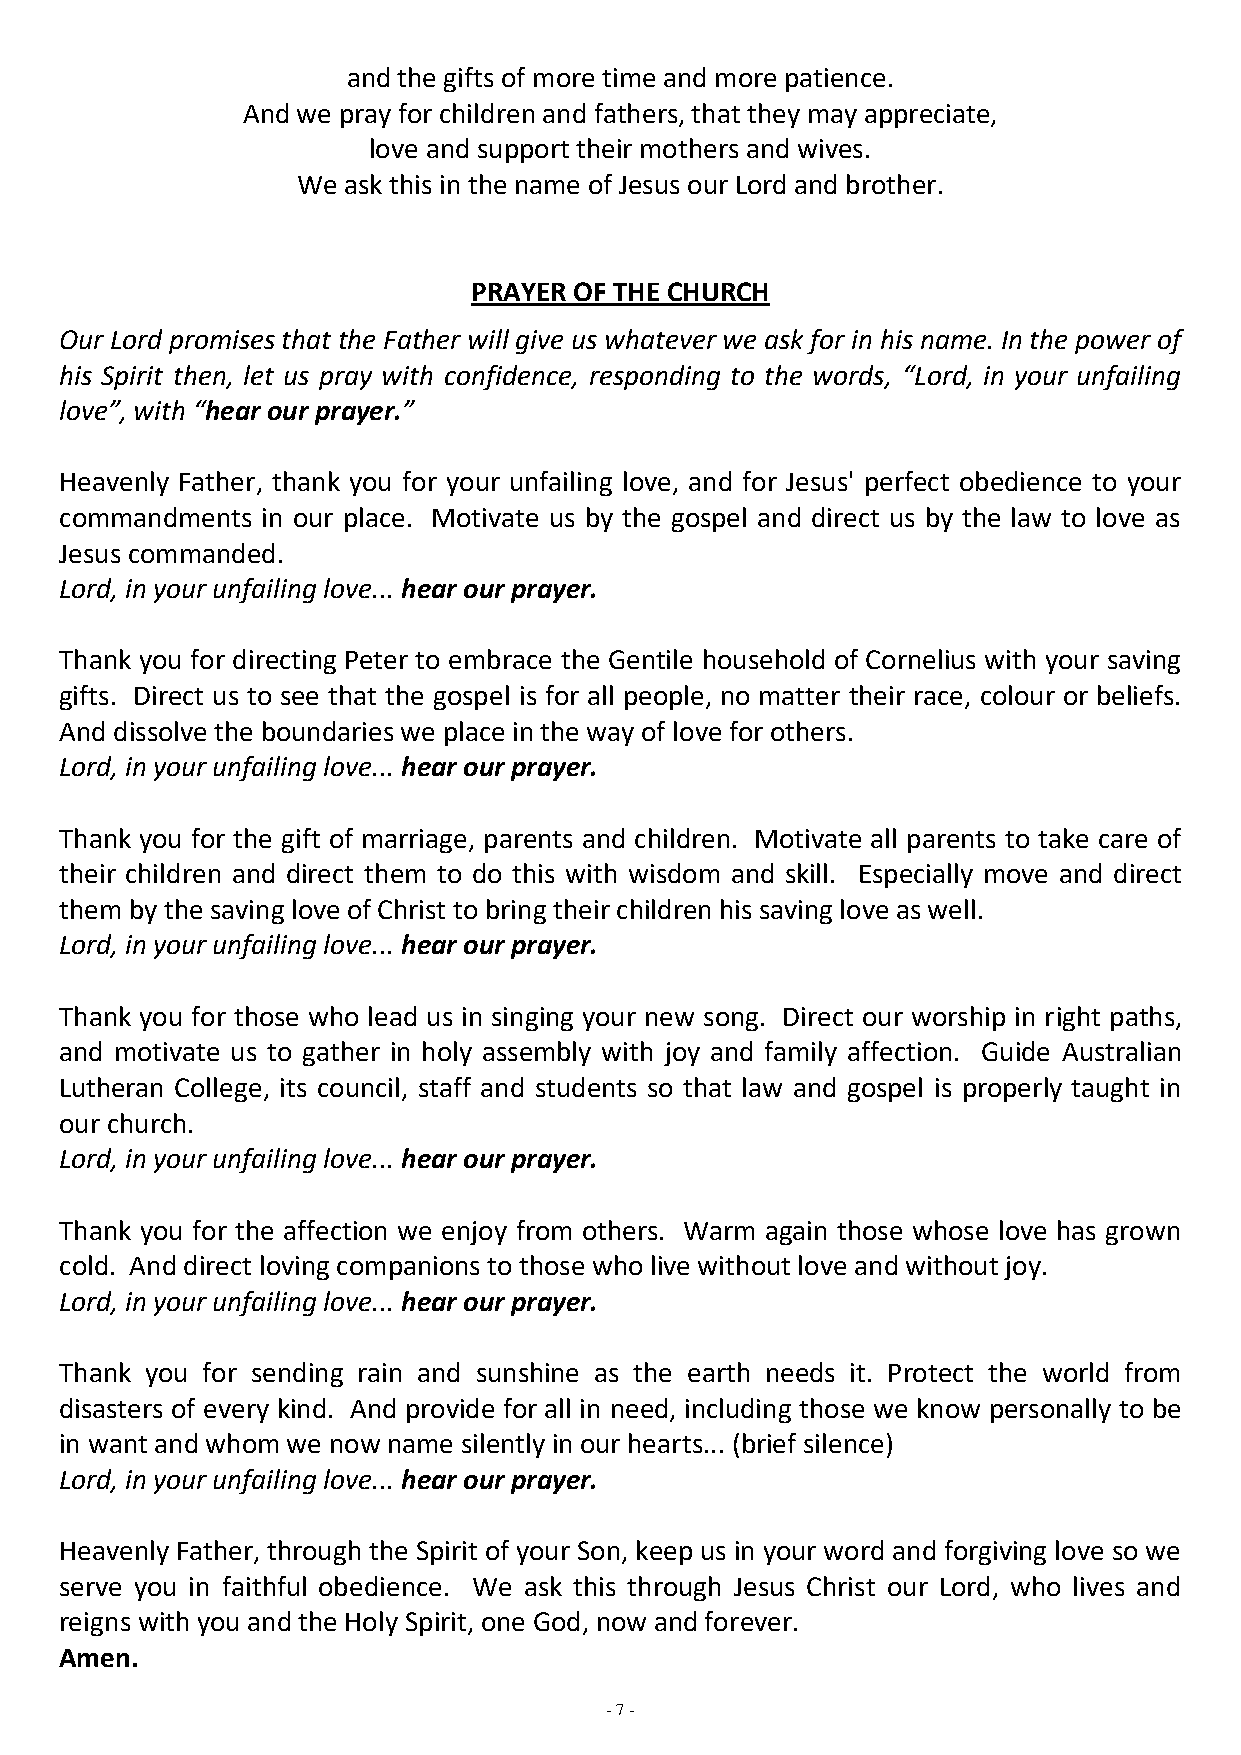
and the gifts of more time and more patience.
 And we pray for children and fathers, that they may appreciate,
 love and support their mothers and wives.
 We ask this in the name of Jesus our Lord and brother.
 PRAYER OF THE CHURCH
 Our Lord promises that the Father will give us whatever we ask for in his name. In the power of
 his Spirit then, let us pray with confidence, responding to the words, “Lord, in your unfailing
 love”, with “hear our prayer.”
 Heavenly Father, thank you for your unfailing love, and for Jesus' perfect obedience to your
 commandments in our place. Motivate us by the gospel and direct us by the law to love as
 Jesus commanded.
 Lord, in your unfailing love... hear our prayer.
 Thank you for directing Peter to embrace the Gentile household of Cornelius with your saving
 gifts. Direct us to see that the gospel is for all people, no matter their race, colour or beliefs.
 And dissolve the boundaries we place in the way of love for others.
 Lord, in your unfailing love... hear our prayer.
 Thank you for the gift of marriage, parents and children. Motivate all parents to take care of
 their children and direct them to do this with wisdom and skill. Especially move and direct
 them by the saving love of Christ to bring their children his saving love as well.
 Lord, in your unfailing love... hear our prayer.
 Thank you for those who lead us in singing your new song. Direct our worship in right paths,
 and motivate us to gather in holy assembly with joy and family affection. Guide Australian
 Lutheran College, its council, staff and students so that law and gospel is properly taught in
 our church.
 Lord, in your unfailing love... hear our prayer.
 Thank you for the affection we enjoy from others. Warm again those whose love has grown
 cold. And direct loving companions to those who live without love and without joy.
 Lord, in your unfailing love... hear our prayer.
 Thank you for sending rain and sunshine as the earth needs it. Protect the world from
 disasters of every kind. And provide for all in need, including those we know personally to be
 in want and whom we now name silently in our hearts... (brief silence)
 Lord, in your unfailing love... hear our prayer.
 Heavenly Father, through the Spirit of your Son, keep us in your word and forgiving love so we
 serve you in faithful obedience. We ask this through Jesus Christ our Lord, who lives and
 reigns with you and the Holy Spirit, one God, now and forever.
 Amen.
 - 7 -